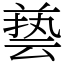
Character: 兿